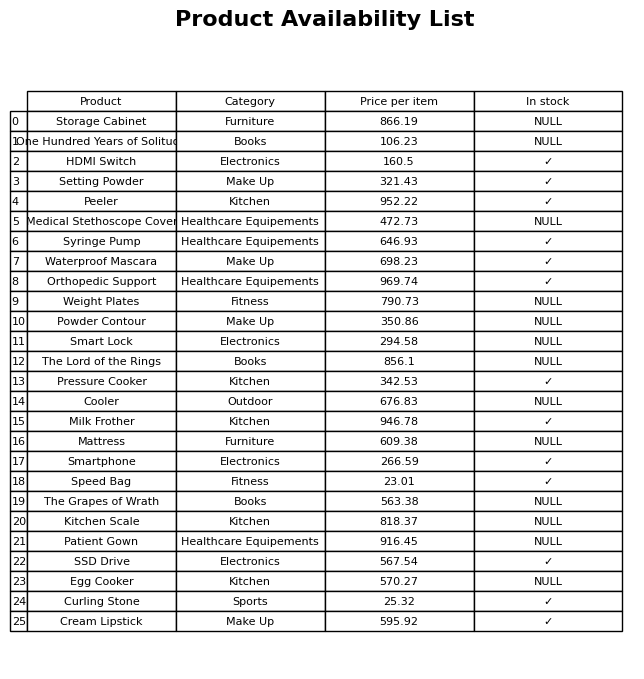
question: What is the price of the Powder Contour?
answer: The price of Powder Contour is 350.86.